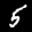
Label: 5